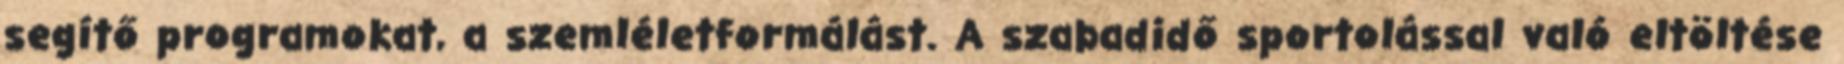
segítő programokat, a szemléletformálást. A szabadidő sportolással való eltöltése